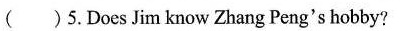
( )5.Does Jim know Zhang Peng's hobby?